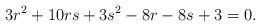
LaTeX: \begin{align*}3r^2 + 10rs + 3s^2 - 8r -8s +3 = 0.\end{align*}